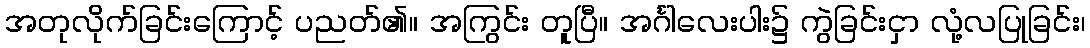
အတုလိုက်ခြင်းကြောင့် ပညတ်၏။ အကြွင်း တူပြီ။ အင်္ဂါလေးပါး၌ ကွဲခြင်းငှာ လုံ့လပြုခြင်း၊